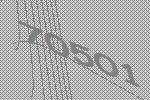
70501